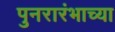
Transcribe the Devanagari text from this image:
पुनरारंभाच्या